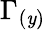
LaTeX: \Gamma_{(\mathit{y})}